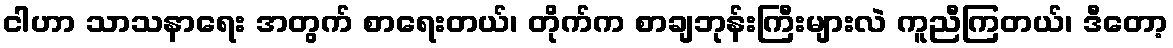
ငါဟာ သာသနာရေး အတွက် စာရေးတယ်၊ တိုက်က စာချဘုန်းကြီးများလဲ ကူညီကြတယ်၊ ဒီတော့